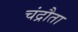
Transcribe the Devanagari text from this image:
चंद्रौता